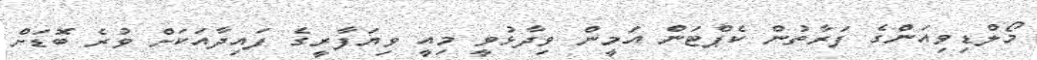
މޯލްޑިވިއަންގެ ފަރާތުން ކެޕްޓަން އަމީން ވިދާޅުވީ މިއީ ވިޔަފާރީގެ ފައިދާއަކަށް ވުރެ ބޮޑަށް